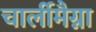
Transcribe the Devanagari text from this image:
चार्लीमैग्ना